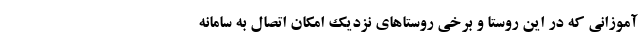
‌آموزانی که در این روستا و برخی روستاهای نزدیک امکان اتصال به سامانه